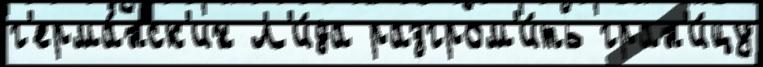
г'ерма́нск'их Л'и́да разгром'и́ть гран'и́цу